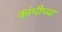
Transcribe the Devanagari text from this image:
कांचीच्या